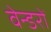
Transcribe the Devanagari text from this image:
वेन्डरों